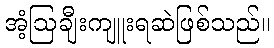
အံ့ဩချီးကျူးရဆဲဖြစ်သည်။